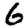
Digit: 6